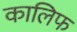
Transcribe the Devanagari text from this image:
कालिफ